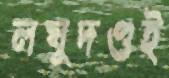
লঘুদণ্ডই